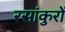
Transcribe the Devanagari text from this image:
रसांकुरों